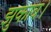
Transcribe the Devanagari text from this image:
झुकाव।